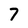
Character: 7